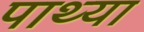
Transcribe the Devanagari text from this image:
पाथ्या